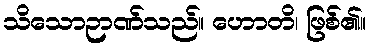
သိသောဉာဏ်သည်။ ဟောတိ၊ ဖြစ်၏။